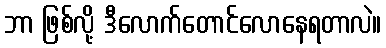
ဘာ ဖြစ်လို့ ဒီလောက်တောင်လောနေရတာလဲ။